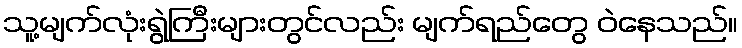
သူ့မျက်လုံးရွဲကြီးများတွင်လည်း မျက်ရည်တွေ ဝဲနေသည်။